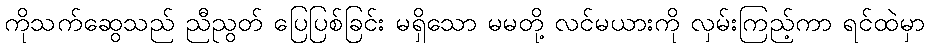
ကိုသက်ဆွေသည် ညီညွတ် ပြေပြစ်ခြင်း မရှိသော မမတို့ လင်မယားကို လှမ်းကြည့်ကာ ရင်ထဲမှာ